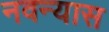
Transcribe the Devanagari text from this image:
नवन्यास